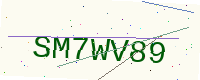
Text: SM7WV89